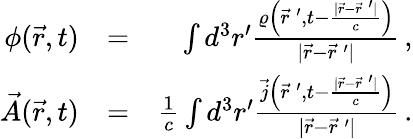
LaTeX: \begin{array}{rlr}{\phi(\vec{r},t)}&{=}&{\int d^{3}r^{\prime}\frac{\varrho\left(\vec{r}\: ^{\prime},t-\frac{|\vec{r}-\vec{r}\: ^{\prime}|}{c}\right)}{|\vec{r}-\vec{r}\: ^{\prime}|}\, ,}\\ {\vec{A}(\vec{r},t)}&{=}&{\frac{1}{c}\int d^{3}r^{\prime}\frac{\vec{j}\left(\vec{r}\: ^{\prime},t-\frac{|\vec{r}-\vec{r}\: ^{\prime}|}{c}\right)}{|\vec{r}-\vec{r}\: ^{\prime}|}\, .}\end{array}